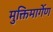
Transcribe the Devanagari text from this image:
मुक्तिमार्गेण